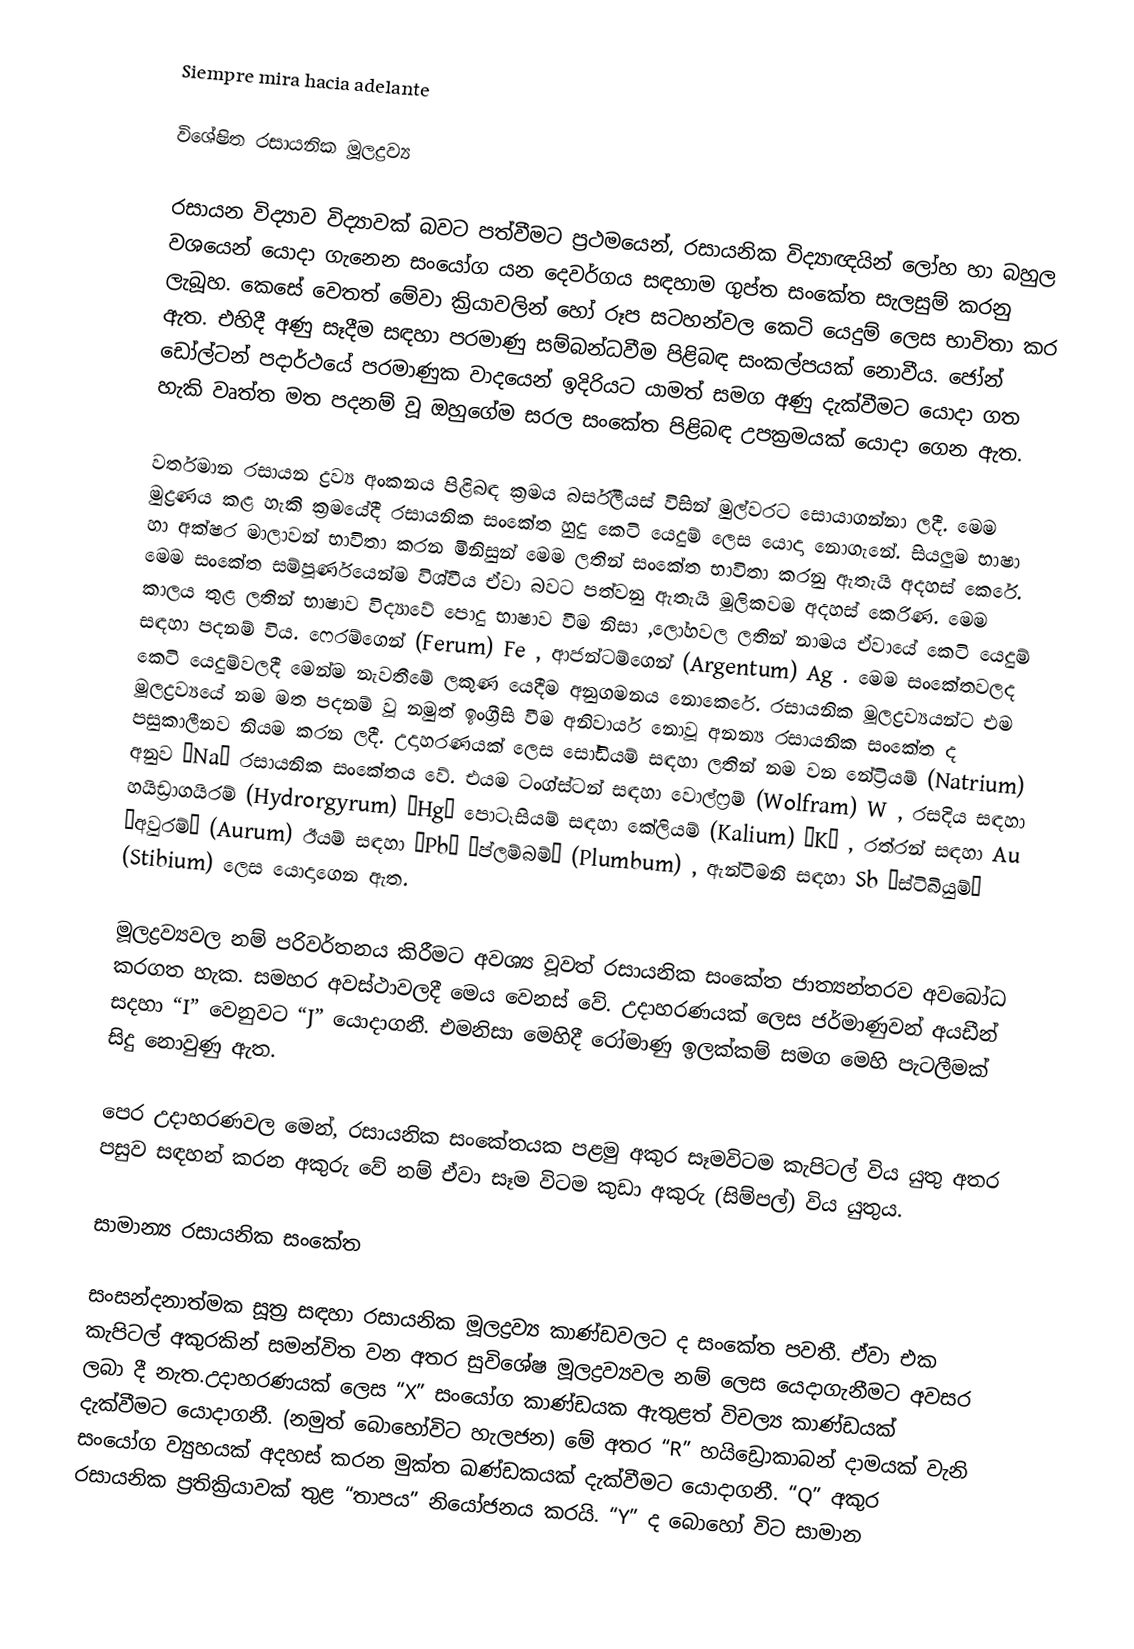
Siempre mira hacia adelante

විශේෂිත රසායනික මූලද්‍රව්‍ය

රසායන විද්‍යාව විද්‍යාවක් බවට පත්වීමට ප්‍රථමයෙන්, රසායනික  විද්‍යාඥයින් ලෝහ හා බහුල වශයෙන් යොදා ගැනෙන සංයෝග යන දෙවර්ගය සඳහාම ගුප්ත සංකේත සැලසුම් කරනු ලැබූහ. කෙසේ වෙතත් මේවා ක්‍රියාවලින් හෝ රූප සටහන්වල කෙටි යෙදුම් ලෙස භාවිතා කර ඇත. එහිදී  අණු සෑදීම සඳහා පරමාණු සම්බන්ධවීම පිළිබඳ සංකල්පයක් නොවීය. ජෝන් ඩෝල්ටන් පදාර්ථයේ පරමාණුක වාදයෙන් ඉදිරියට යාමත් සමග අණු දැක්වීමට යොදා ගත හැකි වෘත්ත මත පදනම් වූ ඔහුගේම සරල සංකේත පිළිබඳ උපක්‍රමයක් යොදා ගෙන ඇත.

වර්තමාන රසායන ද්‍රව්‍ය අංකනය පිළිබඳ ක්‍රමය බර්සීලියස් විසින් මුල්වරට සොයාගන්නා ලදී. මෙම මුද්‍රණය කළ හැකි ක්‍රමයේදී රසායනික සංකේත හුදු කෙටි යෙදුම් ලෙස යොදා නොගැනේ. සියලුම භාෂා හා අක්ෂර මාලාවන් භාවිතා කරන මිනිසුන් මෙම ලතින් සංකේත භාවිතා කරනු ඇතැයි අදහස් කෙරේ. මෙම සංකේත සම්පූර්ණයෙන්ම විශ්වීය ඒවා බවට පත්වනු ඇතැයි මූලිකවම අදහස් කෙරිණ. මෙම කාලය තුළ ලතින් භාෂාව විද්‍යාවේ පොදු භාෂාව වීම නිසා ,ලෝහවල ලතින් නාමය ඒවායේ කෙටි යෙදුම් සඳහා පදනම් විය. ෆෙරම්ගෙන් (Ferum)  Fe , ආජන්ටම්ගෙන් (Argentum) Ag . මෙම සංකේතවලද කෙටි යෙදුම්වලදී මෙන්ම නැවතීමේ ලකුණ යෙදීම අනුගමනය නොකෙරේ. රසායනික මූලද්‍රව්‍යයන්ට එම මූලද්‍රව්‍යයේ නම මත පදනම් වූ නමුත් ඉංග්‍රීසි වීම අනිවාර්ය නොවූ අනන්‍ය රසායනික සංකේත ද පසුකාලීනව නියම කරන ලදී. උදාහරණයක් ලෙස සෝඩියම් සඳහා ලතින් නම වන නේට්‍රියම් (Natrium) අනුව “Na” රසායනික සංකේතය වේ. එයම ටංග්ස්ටන් සඳහා වොල්ෆ්‍රම් (Wolfram) W , රසදිය සඳහා හයිඩ්‍රාගයිරම් (Hydrorgyrum) “Hg”  පොටෑසියම් සඳහා කේලියම් (Kalium) “K” , රත්රන් සඳහා Au “අවුරම්” (Aurum) ඊයම් සඳහා “Pb”  “ප්ලම්බම්” (Plumbum) , ඇන්ටිමනි සඳහා Sb “ස්ටිබියුම්”  (Stibium) ලෙස යොදාගෙන ඇත.

මූලද්‍රව්‍යවල නම් පරිවර්තනය කිරීමට අවශ්‍ය වූවත් රසායනික සංකේත ජාත්‍යන්තරව අවබෝධ කරගත හැක. සමහර අවස්ථාවලදී මෙය වෙනස් වේ. උදාහරණයක් ලෙස ජර්මාණුවන් අයඩීන් සදහා “I” වෙනුවට “J” යොදාගනී. එමනිසා මෙහිදී රෝමාණු ඉලක්කම් සමග මෙහි පැටලීමක් සිදු නොවුණු ඇත.

පෙර උදාහරණවල මෙන්, රසායනික සංකේතයක පළමු අකුර සෑමවිටම කැපිටල් විය යුතු අතර පසුව සඳහන් කරන අකුරු වේ නම් ඒවා සෑම විටම කුඩා අකුරු (සිම්පල්) විය යුතුය.

සාමාන්‍ය රසායනික සංකේත

සංසන්දනාත්මක සූත්‍ර සඳහා රසායනික මූලද්‍රව්‍ය කාණ්ඩවලට ද සංකේත පවතී. ඒවා එක කැපිටල් අකුරකින් සමන්විත වන අතර සුවිශේෂ මූලද්‍රව්‍යවල නම් ලෙස යෙදාගැනීමට අවසර ලබා දී නැත.උදාහරණයක් ලෙස “X” සංයෝග කාණ්ඩයක ඇතුළත් විචල්‍ය කාණ්ඩයක් දැක්වීමට යොදාගනී. (නමුත් බොහෝවිට හැලජන) මේ අතර “R” හයිඩ්‍රොකාබන් දාමයක් වැනි සංයෝග ව්‍යුහයක් අදහස් කරන මුක්ත ඛණ්ඩකයක් දැක්වීමට යොදාගනී. “Q” අකුර රසායනික ප්‍රතික්‍රියාවක් තුළ “තාපය” නියෝජනය කරයි. “Y” ද බොහෝ විට සාමාන